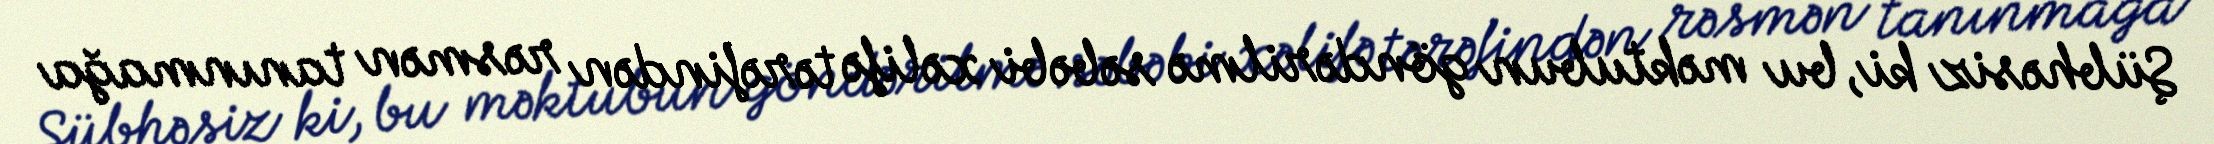
Şübhəsiz ki, bu məktubun göndərilmə səbəbi xəlifə tərəfindən rəsmən tanınmağa